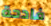
فادحة